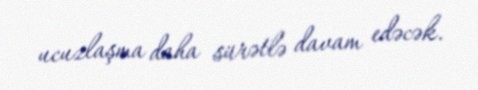
ucuzlaşma daha sürətlə davam edəcək.